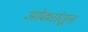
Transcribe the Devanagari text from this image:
ओढ्यांतून